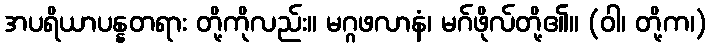
အပရိယာပန္နတရား တို့ကိုလည်း။ မဂ္ဂဖလာနံ၊ မဂ်ဖိုလ်တို့၏။ (ဝါ၊ တို့က၊)